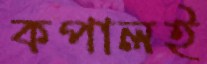
কপালই